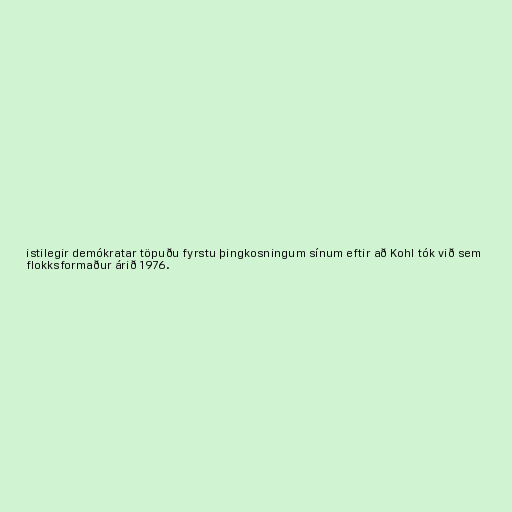
istilegir demókratar töpuðu fyrstu þingkosningum sínum eftir að Kohl tók við sem
flokksformaður árið 1976.